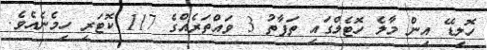
ހޮލިޑޭ އިން މާލެ ހޮޓެލްގައި ތަފާތު 3 ވައްތަރެއްގެ 117 ކޮޓަރި ހިމެނެއެވެ.